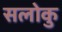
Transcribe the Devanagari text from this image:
सलोकु